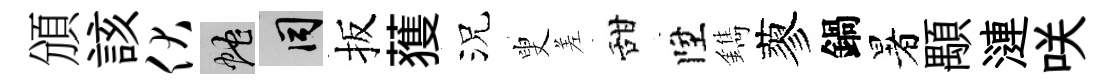
頒該伏蛇间扳𫉬況叟差甜陞鐫蓼鍋暑顒漣咲